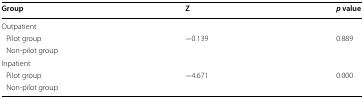
| Group | Z | p value |
 | --- | --- | --- |
 | <COLSPAN=3> Outpatient |
 | Pilot group | <ROWSPAN=2> −0.139 | <ROWSPAN=2> 0.889 |
 | Non-pilot group |
 | <COLSPAN=3> Inpatient |
 | Pilot group | <ROWSPAN=2> −4.671 | <ROWSPAN=2> 0.000 |
 | Non-pilot group |